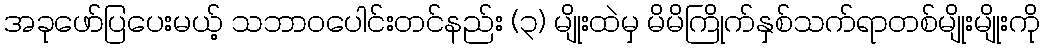
အခုဖော်ပြပေးမယ့် သဘာဝပေါင်းတင်နည်း (၃) မျိုးထဲမှ မိမိကြိုက်နှစ်သက်ရာတစ်မျိုးမျိုးကို